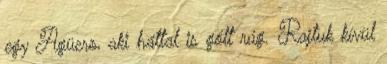
egy Agüero, aki háttal is gólt rúg. Rajtuk kívül